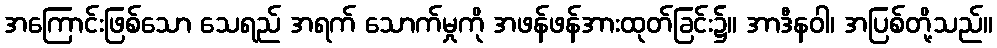
အကြောင်းဖြစ်သော သေရည် အရက် သောက်မှုကို အဖန်ဖန်အားထုတ်ခြင်း၌။ အာဒီနဝါ၊ အပြစ်တို့သည်။